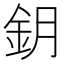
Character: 鈅